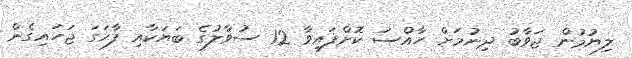
ލިޔުމުން ޖަވާބު ދިނުމަށް ހާއްސަ ކޮށްފައިވާ 12 ސުވާލުގެ ބަޔަކާއި ފާހަގަ ޖަހައިގެން